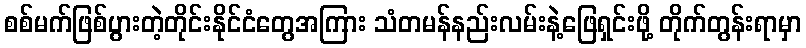
စစ်မက်ဖြစ်ပွားတဲ့တိုင်းနိုင်ငံတွေအကြား သံတမန်နည်းလမ်းနဲ့ဖြေရှင်းဖို့ တိုက်တွန်းရာမှာ